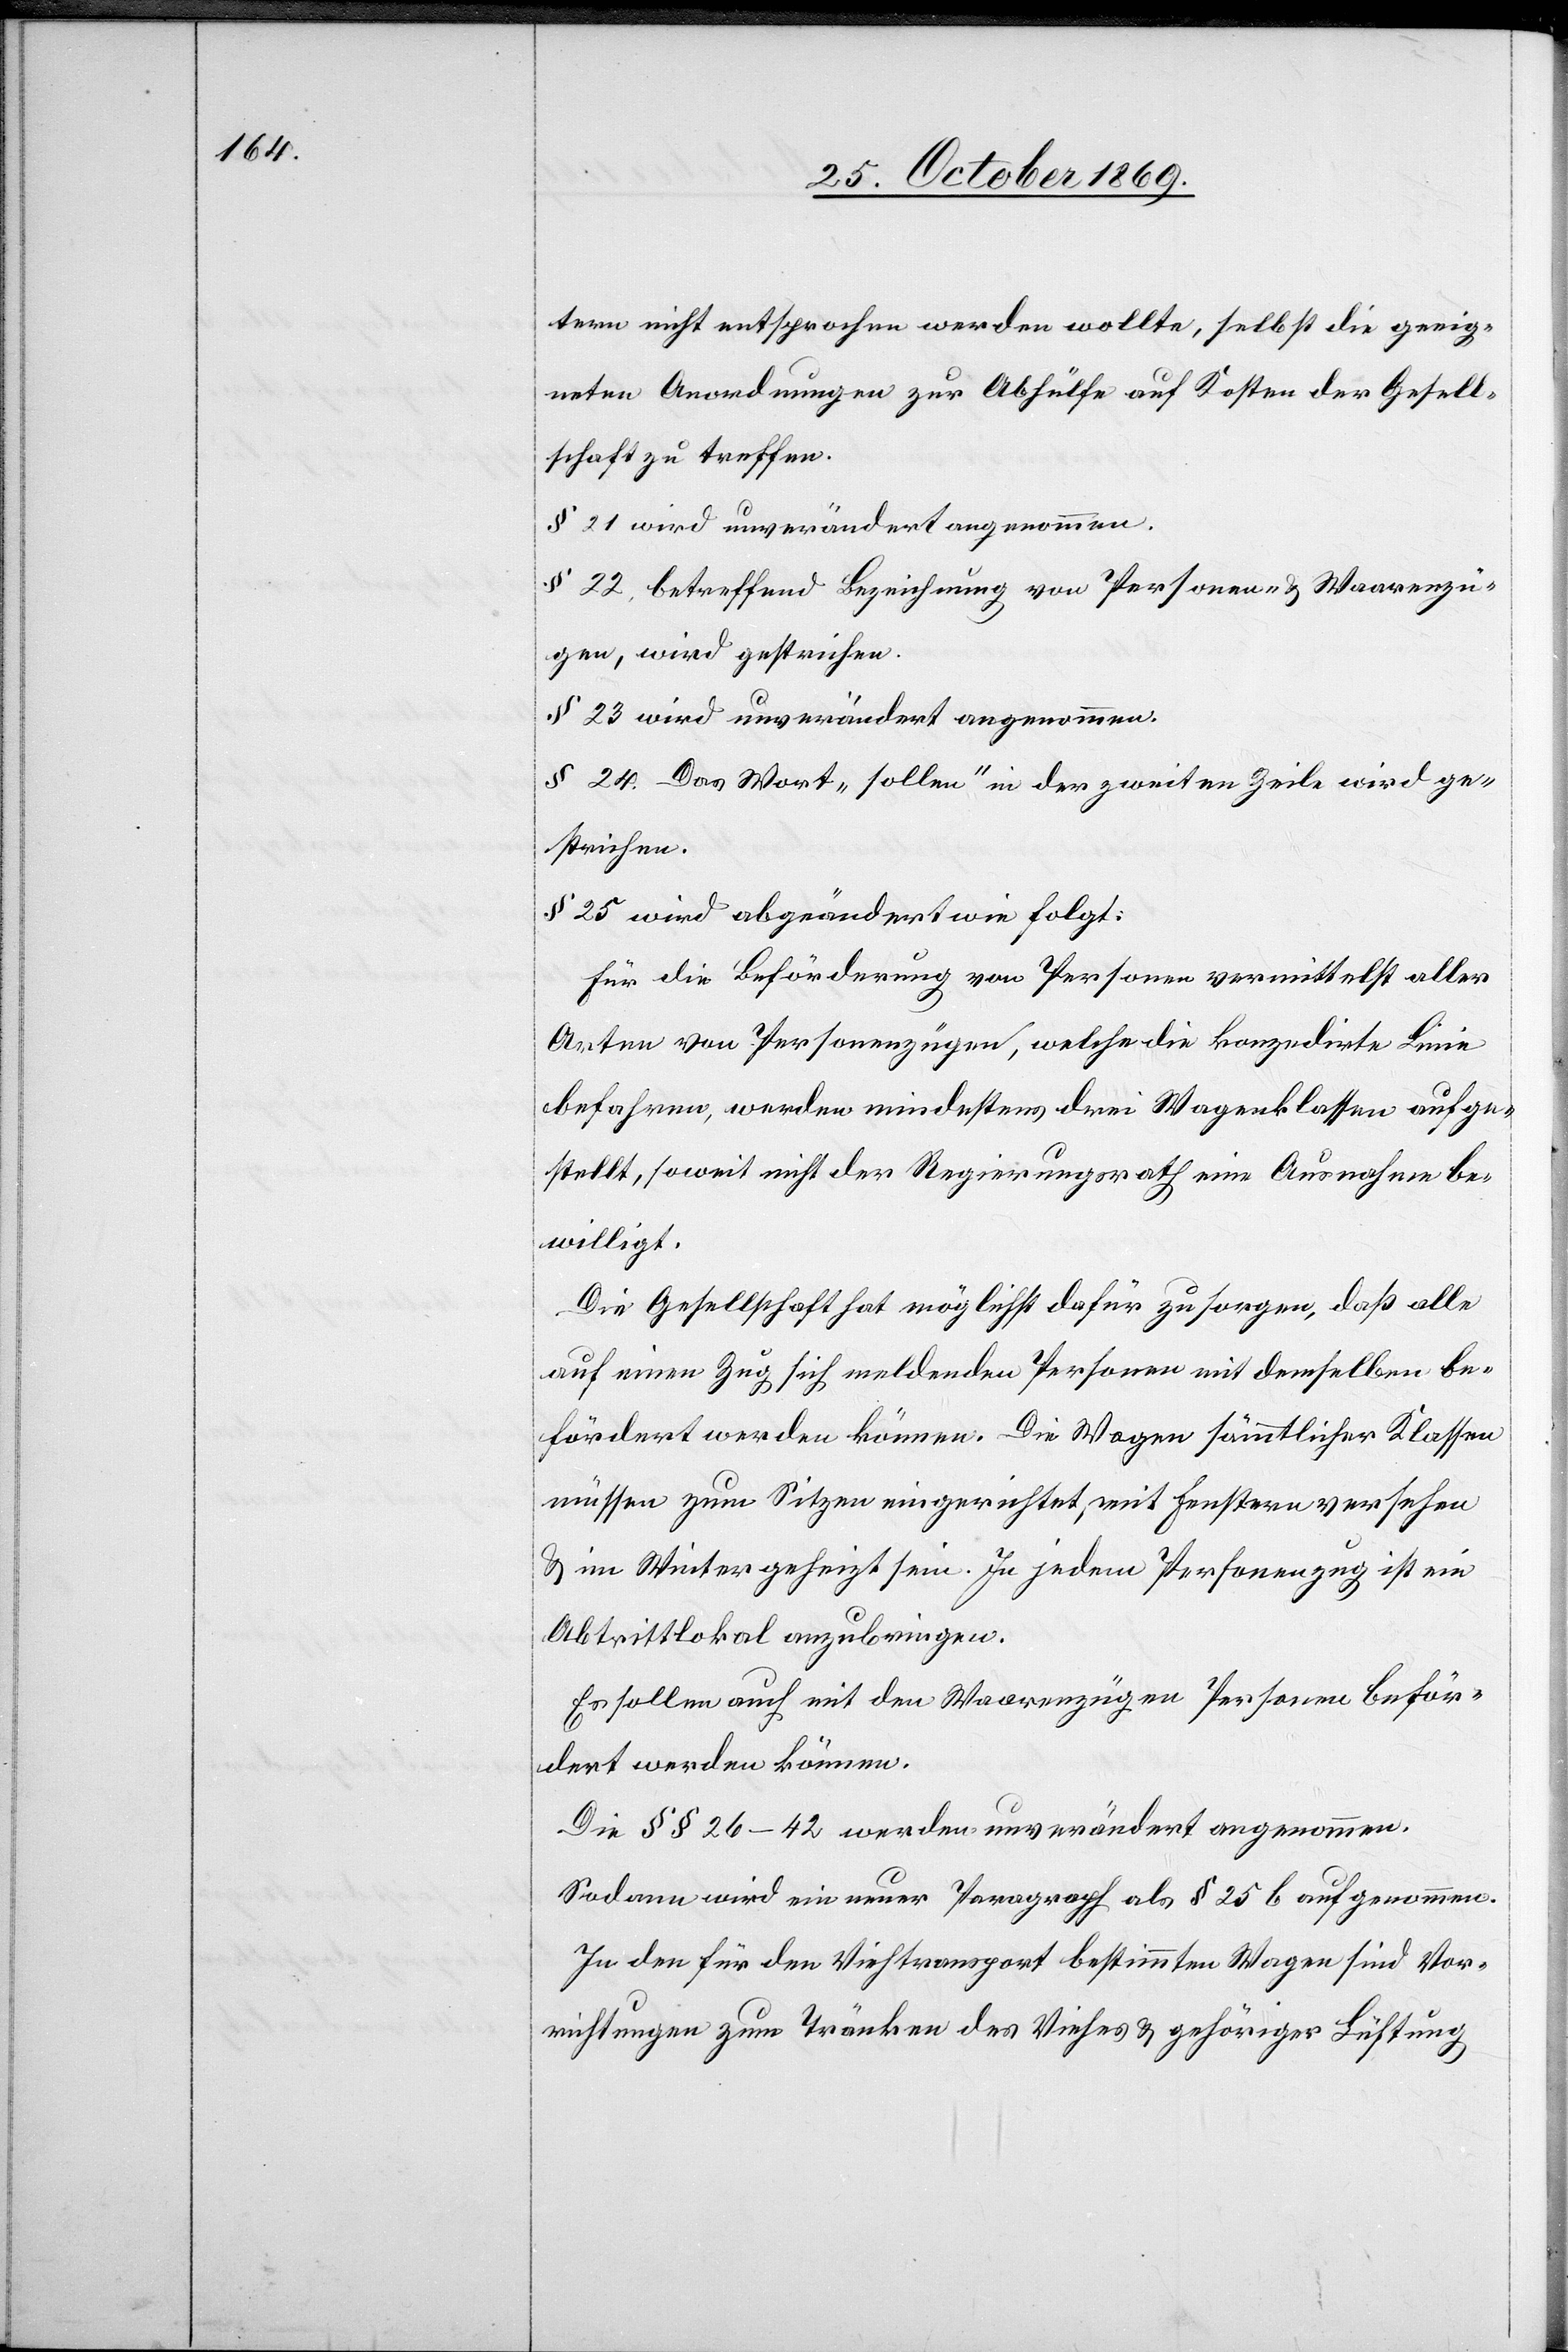
tern nicht entsprochen werden wollte, selbst die geeig¬
neten Anordnungen zur Abhülfe auf Kosten der Gesell¬
schaft zu treffen.
§ 21 wird unverändert angenommen.
§ 22, betreffend Bezeichnung von Personen- & Waarenzü¬
gen, wird gestrichen.
§ 23 wird unverändert angenommen.
§ 24. Das Wort „sollen“ in der zweiten Zeile wird ge¬
strichen.
§ 25 wird abgeändert wie folgt:
Für die Beförderung von Personen vermittelst aller
Arten von Personenzügen, welche die konzedirte Linie
befahren, werden mindestens drei Wagenklassen aufge¬
stellt, soweit nicht der Regierungsrath eine Ausnahme be¬
willigt.
Die Gesellschaft hat möglichst dafür zu sorgen, daß alle
auf einen Zug sich meldenden Personen mit demselben be¬
fördert werden können. Die Wagen sämmtlicher Klassen
müssen zum Sitzen eingerichtet, mit Fenstern versehen
& im Winter geheizt sein. In jedem Personenzug ist ein
Abtrittlokal anzubringen.
Es sollen auch mit den Waarenzügen Personen beför¬
dert werden können.
Die §§ 26–42 werden unverändert angenommen.
Sodann wird ein neuer Paragraph als § 25 b aufgenommen.
In den für den Viehtransport bestimmten Wagen sind Vor¬
richtungen zum Tränken des Viehes & gehöriger Lüftung